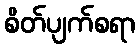
စိတ်ပျက်စရာ